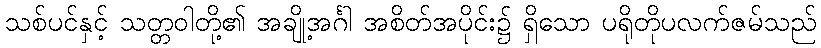
သစ်ပင်နှင့် သတ္တဝါတို့၏ အချို့အင်္ဂါ အစိတ်အပိုင်း၌ ရှိသော ပရိုတိုပလက်ဇမ်သည်